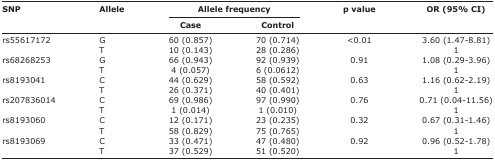
<table><thead><tr><td rowspan="3"><b>SNP</b></td><td rowspan="3"><b>Allele</b></td><td colspan="2"><b>Allele frequency</b></td><td rowspan="3"><b>p value</b></td><td rowspan="3"><b>OR (95% CI)</b></td></tr><tr><td><b>Case</b></td><td><b>Control</b></td></tr></thead><tbody><tr><td>rs55617172</td><td>G</td><td>60 (0.857)</td><td>70 (0.714)</td><td>&lt;0.01</td><td>3.60 (1.47-8.81)</td></tr><tr><td></td><td>T</td><td>10 (0.143)</td><td>28 (0.286)</td><td></td><td>1</td></tr><tr><td>rs68268253</td><td>G</td><td>66 (0.943)</td><td>92 (0.939)</td><td>0.91</td><td>1.08 (0.29-3.96)</td></tr><tr><td></td><td>T</td><td>4 (0.057)</td><td>6 (0.0612)</td><td></td><td>1</td></tr><tr><td>rs8193041</td><td>C</td><td>44 (0.629)</td><td>58 (0.592)</td><td>0.63</td><td>1.16 (0.62-2.19)</td></tr><tr><td></td><td>T</td><td>26 (0.371)</td><td>40 (0.401)</td><td></td><td>1</td></tr><tr><td>rs207836014</td><td>C</td><td>69 (0.986)</td><td>97 (0.990)</td><td>0.76</td><td>0.71 (0.04-11.56)</td></tr><tr><td></td><td>T</td><td>1 (0.014)</td><td>1 (0.010)</td><td></td><td>1</td></tr><tr><td>rs8193060</td><td>C</td><td>12 (0.171)</td><td>23 (0.235)</td><td>0.32</td><td>0.67 (0.31-1.46)</td></tr><tr><td></td><td>T</td><td>58 (0.829)</td><td>75 (0.765)</td><td></td><td>1</td></tr><tr><td>rs8193069</td><td>C</td><td>33 (0.471)</td><td>47 (0.480)</td><td>0.92</td><td>0.96 (0.52-1.78)</td></tr><tr><td></td><td>T</td><td>37 (0.529)</td><td>51 (0.520)</td><td></td><td>1</td></tr></tbody></table>